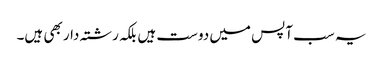
یہ سب آپس میں دوست ہیں بلکہ رشتہ دار بھی ہیں۔